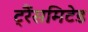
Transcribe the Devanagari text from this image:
ट्रैंसमिटेड